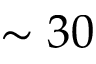
\sim 3 0